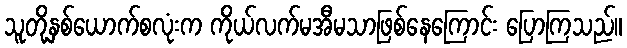
သူတို့နှစ်ယောက်စလုံးက ကိုယ်လက်မအီမသာဖြစ်နေကြောင်း ပြောကြသည်။